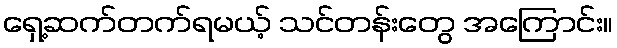
ရှေ့ဆက်တက်ရမယ့် သင်တန်းတွေ အကြောင်း။